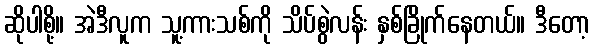
ဆိုပါစို့။ အဲဒီလူက သူ့ကားသစ်ကို သိပ်စွဲလန်း နှစ်ခြိုက်နေတယ်။ ဒီတော့